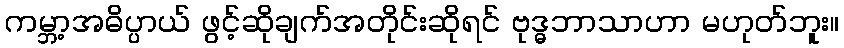
ကမ္ဘာ့အဓိပ္ပာယ် ဖွင့်ဆိုချက်အတိုင်းဆိုရင် ဗုဒ္ဓဘာသာဟာ မဟုတ်ဘူး။